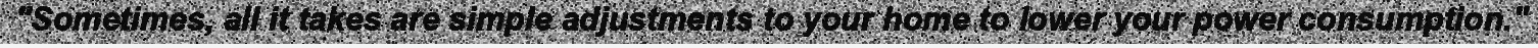
"Sometimes, all it takes are simple adjustments to your home to lower your power consumption."